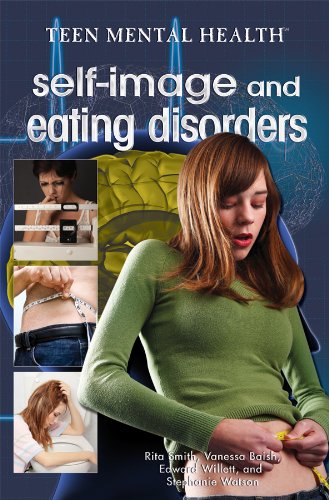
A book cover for Self-Image and Eating Disorders (Teen Mental Health); Rita Smith; Teen & Young Adult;